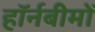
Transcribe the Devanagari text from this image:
हॉर्नबीमों